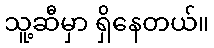
သူ့ဆီမှာ ရှိနေတယ်။